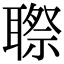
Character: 䏅